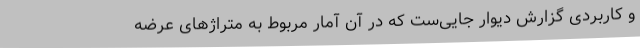
و کاربردی گزارش دیوار جایی‌ست که در آن آمار مربوط به متراژهای عرضه‌